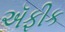
ઍફીક